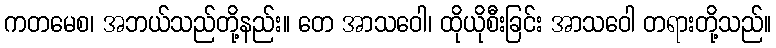
ကတမေစ၊ အဘယ်သည်တို့နည်း။ တေ အာသဝေါ၊ ထိုယိုစီးခြင်း အာသဝေါ တရားတို့သည်။